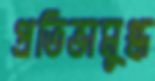
প্রতিভামুগ্ধ